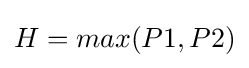
H=max(P1,P2)